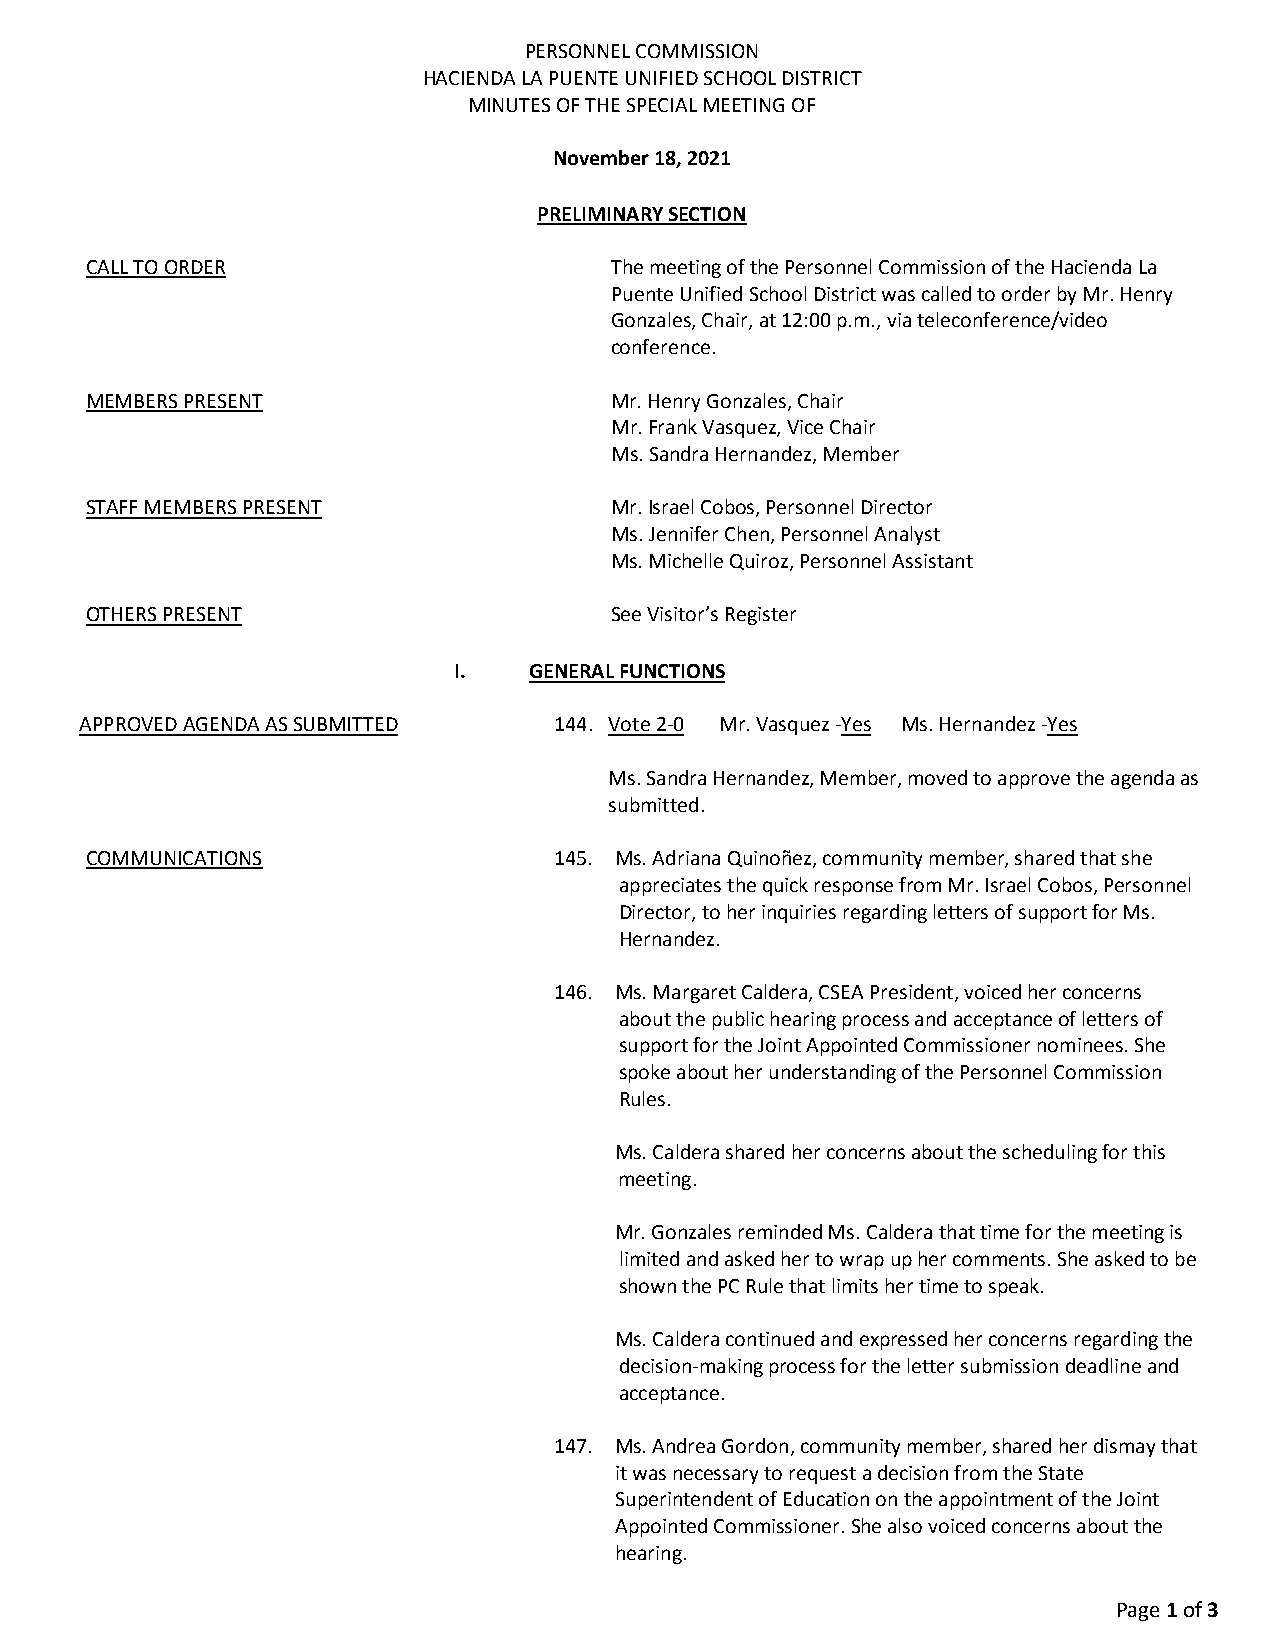
PERSONNEL COMMISSION
 HACIENDA LA PUENTE UNIFIED SCHOOL DISTRICT
 MINUTES OF THE SPECIAL MEETING OF
 November 18, 2021
 PRELIMINARY SECTION
 CALL TO ORDER                     The meeting of the Personnel Commission of the Hacienda La
 Puente Unified School District was called to order by Mr. Henry
 Gonzales, Chair, at 12:00 p.m., via teleconference/video
 conference.
 MEMBERS PRESENT                   Mr. Henry Gonzales, Chair
 Mr. Frank Vasquez, Vice Chair
 Ms. Sandra Hernandez, Member
 STAFF MEMBERS PRESENT             Mr. Israel Cobos, Personnel Director
 Ms. Jennifer Chen, Personnel Analyst
 Ms. Michelle Quiroz, Personnel Assistant
 OTHERS PRESENT                    See Visitor’s Register
 I.   GENERAL FUNCTIONS
 APPROVED AGENDA AS SUBMITTED    144. Vote 2-0 Mr. Vasquez -Yes Ms. Hernandez -Yes
 Ms. Sandra Hernandez, Member, moved to approve the agenda as
 submitted.
 COMMUNICATIONS                 145. Ms. Adriana Quinoñez, community member, shared that she
 appreciates the quick response from Mr. Israel Cobos, Personnel
 Director, to her inquiries regarding letters of support for Ms.
 Hernandez.
 146. Ms. Margaret Caldera, CSEA President, voiced her concerns
 about the public hearing process and acceptance of letters of
 support for the Joint Appointed Commissioner nominees. She
 spoke about her understanding of the Personnel Commission
 Rules.
 Ms. Caldera shared her concerns about the scheduling for this
 meeting.
 Mr. Gonzales reminded Ms. Caldera that time for the meeting is
 limited and asked her to wrap up her comments. She asked to be
 shown the PC Rule that limits her time to speak.
 Ms. Caldera continued and expressed her concerns regarding the
 decision-making process for the letter submission deadline and
 acceptance.
 147. Ms. Andrea Gordon, community member, shared her dismay that
 it was necessary to request a decision from the State
 Superintendent of Education on the appointment of the Joint
 Appointed Commissioner. She also voiced concerns about the
 hearing.
 Page 1 of 3